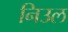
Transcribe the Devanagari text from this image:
निउल